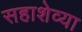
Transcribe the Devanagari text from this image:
सहाशेव्या